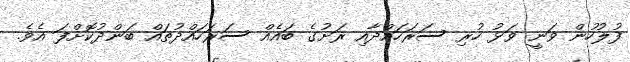
ފުލުހުން ވަނީ ވަޅު ހުރި ސަރަހައްދާއި ރަށުގެ ބައެއް ސަރަހައްދުތައް ބަންދުކޮށްފަ އެވެ.